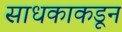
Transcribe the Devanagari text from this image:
साधकाकडून